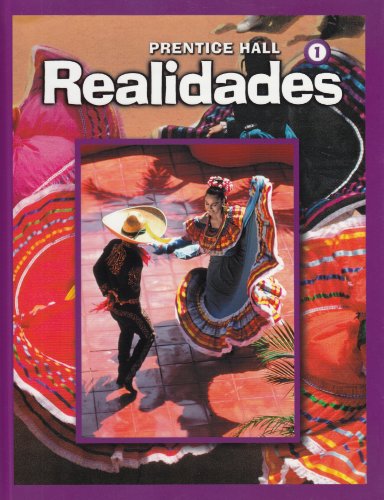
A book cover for Realidades, Level 1: Student Edition; Peggy Palo Boyles; Teen & Young Adult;